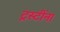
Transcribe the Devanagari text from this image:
ट्रस्टींना